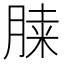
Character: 𦜔